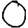
Digit: 0